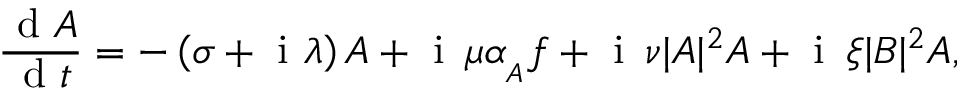
\frac { \mathrm { ~ d ~ } A } { \mathrm { ~ d ~ } t } = - \left( \sigma + \mathrm { ~ i ~ } \lambda \right) A + \mathrm { ~ i ~ } \, \mu \alpha _ { _ A } f + \mathrm { ~ i ~ } \, \nu | A | ^ { 2 } A + \mathrm { ~ i ~ } \, \xi | B | ^ { 2 } A ,